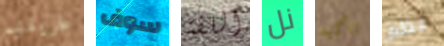
طريقتهم سوف اللفة نل تأكيد عظم